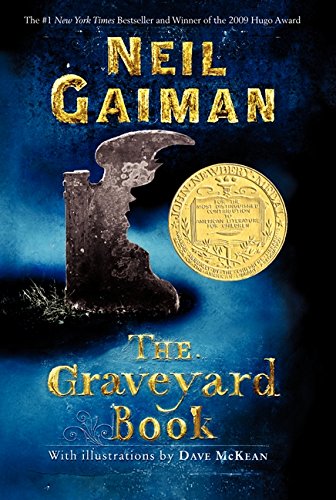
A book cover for The Graveyard Book; Neil Gaiman; Science Fiction & Fantasy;